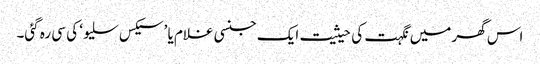
اس گھر میں نگہت کی حیثیت ایک جنسی غلام یا ’سیکس سلیو‘ کی سی رہ گئی۔